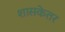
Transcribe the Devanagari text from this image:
शासकेतर